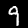
Digit: 9